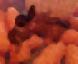
মুঁই